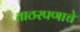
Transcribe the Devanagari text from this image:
ताठरपणाचे